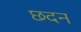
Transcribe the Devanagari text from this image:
छदन